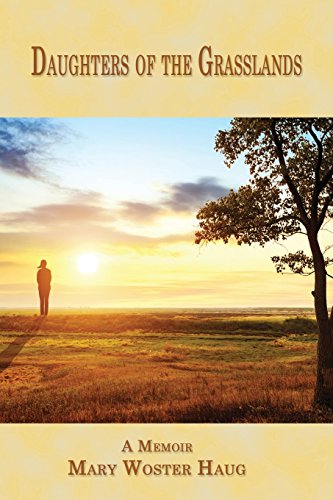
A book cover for Daughters of the Grasslands: A Memoir (Memoir Series); Mary Woster Haug; Travel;